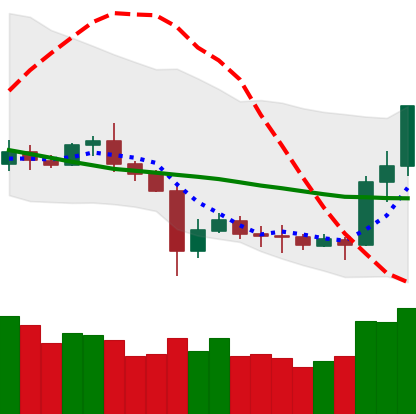
Ticker: ETC-USD
Chart end date: 2020-07-08
Forward return: -4.896%
Label: down_3_5